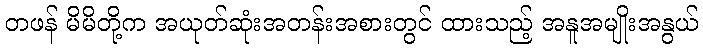
တဖန် မိမိတို့က အယုတ်ဆုံးအတန်းအစားတွင် ထားသည့် အနူအမျိုးအနွယ်